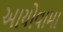
આયોવામા